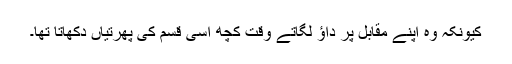
کیونکہ وہ اپنے مقابل پر داؤ لگاتے وقت کچھ اسی قسم کی پھرتیاں دکھاتا تھا۔